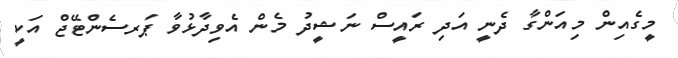
މީގެއިން މިއަންގާ ދެނީ އަދި ރައީސް ނަޝީދު މެން އެވިދާޅުވާ ޕަރސެންޓޭޖް އަކީ